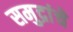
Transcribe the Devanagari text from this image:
समुद्रांचे